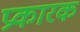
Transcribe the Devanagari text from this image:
प्रकारक